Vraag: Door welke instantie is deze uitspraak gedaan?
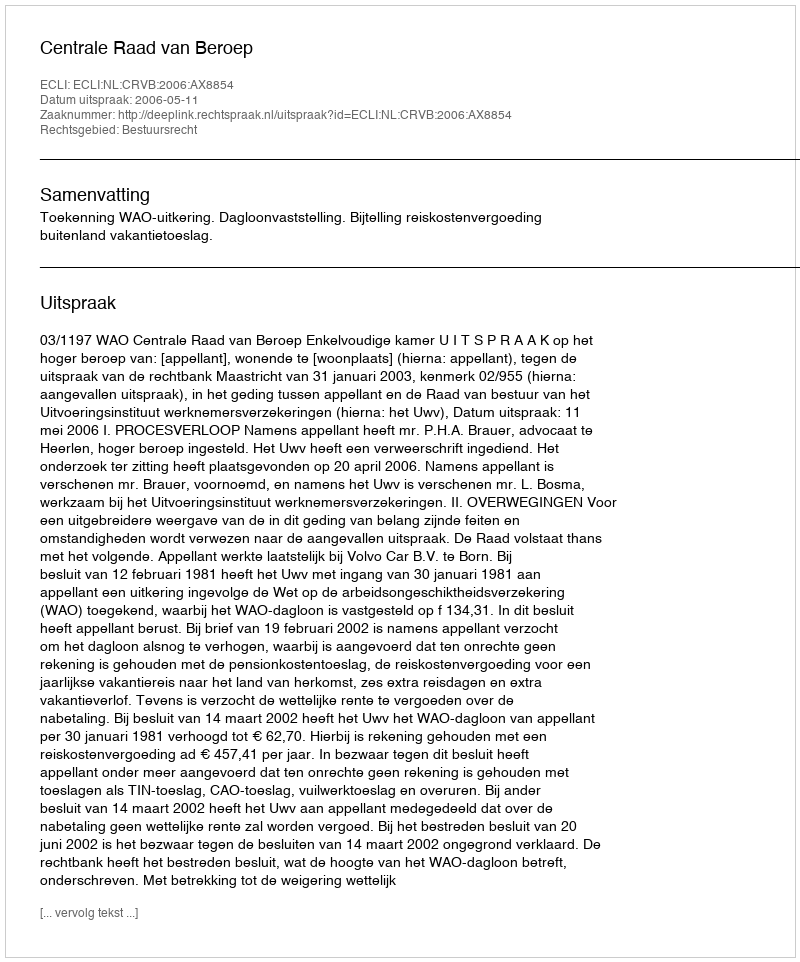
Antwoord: Centrale Raad van Beroep